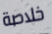
خلاصة